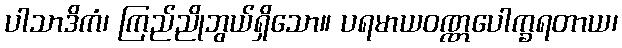
ပါသာဒိကံ၊ ကြည်ညိုဘွယ်ရှိသော။ ပရမာယဝဏ္ဏပေါက္ခရတာယ၊